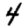
Digit: 4